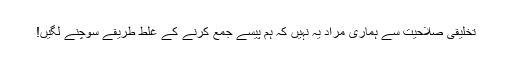
تخلیقی صلاحیت سے ہماری مراد یہ نہیں کہ ہم پیسے جمع کرنے کے غلط طریقے سوچنے لگیں!